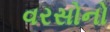
વરસોનો